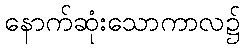
နောက်ဆုံးသောကာလ၌